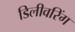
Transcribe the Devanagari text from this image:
डिलीवरिंग